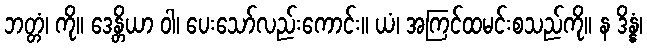
ဘတ္တံ၊ ကို။ ဒေန္တိယာ ဝါ၊ ပေးသော်လည်းကောင်း။ ယံ၊ အကြင်ထမင်းစသည်ကို။ န ဒိန္နံ၊